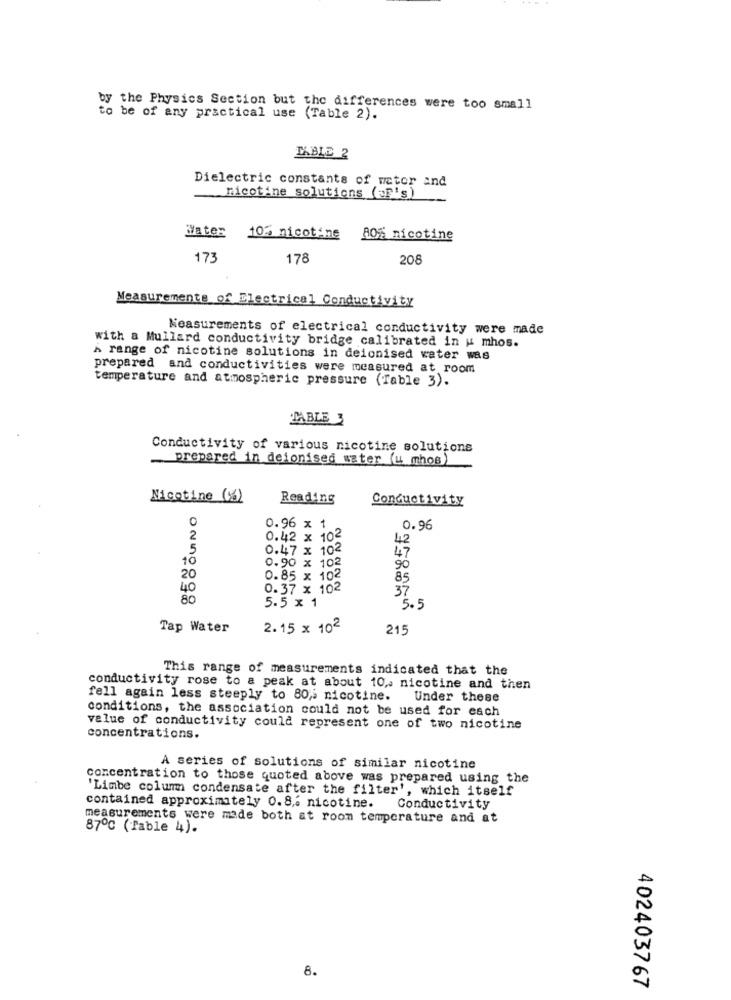
by the Physics Section but the differences were too small
to be of any practical use (Table 2).
TABLE 2
Dielectric constants of water and
nicotine solutions (=F's)
Water
10% nicotine
80% nicotine
173
178
208
Measurements of Electrical Conductivity
Measurements of electrical conductivity were made
with a Mullard conductivity bridge calibrated in u mhos.
A range of nicotine solutions in deionised water was
prepared and conductivities were measured at room
temperature and atmospheric pressure (Table 3).
TABLE 3
Conductivity of various nicotine solutions
prepared in deionised water (u mhos)
Nicotine (%)
Reading
Conductivity
0
0.96 x
0.96
0.42 x 102
42
0.47 x 102
47
10
0.90 x 102
90
20
0.85 x 102
85
40
0.37 x 102
37
80
5.5 x 1
5.5
Tap Water
2.15 x 102
215
This range of measurements indicated that the
conductivity rose to a peak at about 10 ,. nicotine and then
fell again less steeply to 80 ;: nicotine.
Under these
conditions, the association could not be used for each
value of conductivity could represent one of two nicotine
concentrations.
A series of solutions of similar nicotine
concentration to those quoted above was prepared using the
'Limbe column condensate after the filter', which itself
contained approximately 0.8,6 nicotine. Conductivity
measurements were made both at room temperature and at
87℃ (Table 4).
8.
402403767